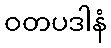
ဝတပဒါနံ